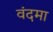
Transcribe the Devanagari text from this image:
वंदमा